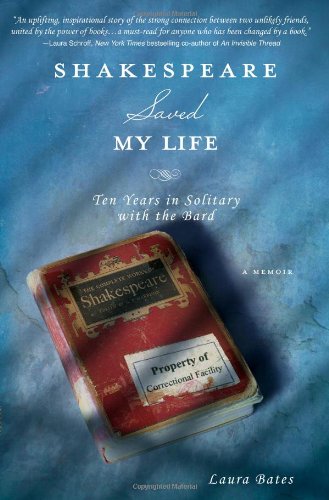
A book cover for Shakespeare Saved My Life: Ten Years in Solitary with the Bard; Laura Bates; Biographies & Memoirs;